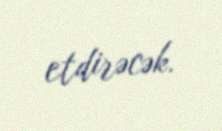
etdirəcək.